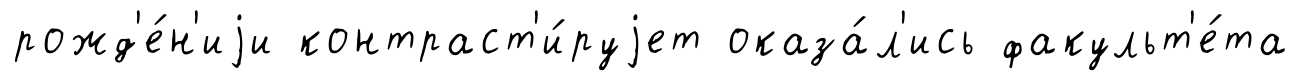
рожд'е́н'иjи контраст'и́руjет оказа́л'ись факульт'е́та